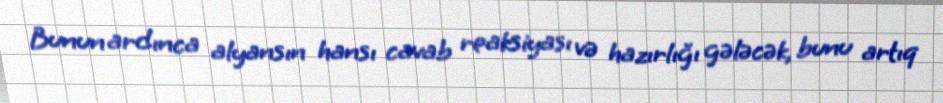
Bunun ardınca alyansın hansı cavab reaksiyası və hazırlığı gələcək, bunu artıq